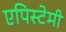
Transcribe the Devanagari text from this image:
एपिस्टेमी